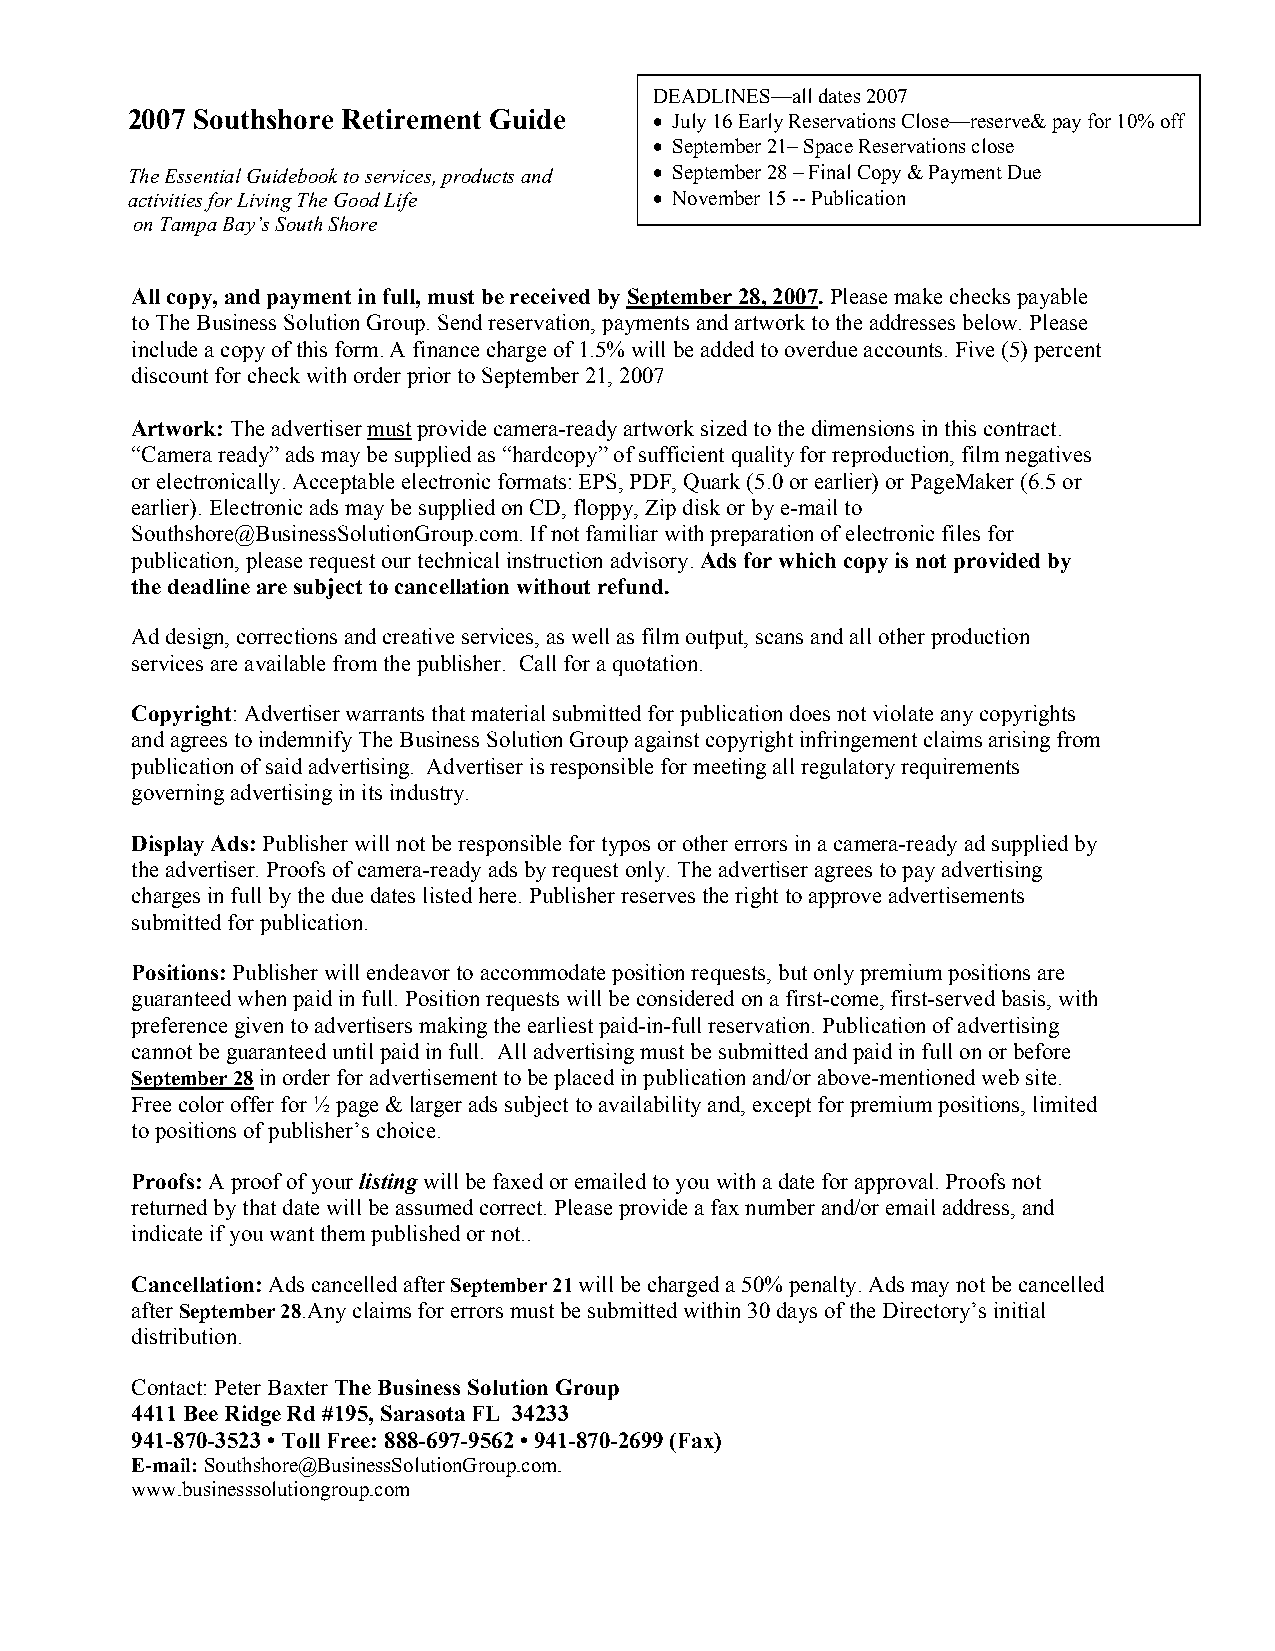
DEADLINES—all dates 2007
 2007 Southshore Retirement Guide   • July 16 Early Reservations Close—reserve& pay for 10% off
 • September 21– Space Reservations close
 The Essential Guidebook to services, products and • September 28 – Final Copy & Payment Due
 activities for Living The Good Life • November 15 -- Publication
 on Tampa Bay’s South Shore
 All copy, and payment in full, must be received by September 28, 2007. Please make checks payable
 to The Business Solution Group. Send reservation, payments and artwork to the addresses below. Please
 include a copy of this form. A finance charge of 1.5% will be added to overdue accounts. Five (5) percent
 discount for check with order prior to September 21, 2007
 Artwork: The advertiser must provide camera-ready artwork sized to the dimensions in this contract.
 “Camera ready” ads may be supplied as “hardcopy” of sufficient quality for reproduction, film negatives
 or electronically. Acceptable electronic formats: EPS, PDF, Quark (5.0 or earlier) or PageMaker (6.5 or
 earlier). Electronic ads may be supplied on CD, floppy, Zip disk or by e-mail to
 Southshore@BusinessSolutionGroup.com. If not familiar with preparation of electronic files for
 publication, please request our technical instruction advisory. Ads for which copy is not provided by
 the deadline are subject to cancellation without refund.
 Ad design, corrections and creative services, as well as film output, scans and all other production
 services are available from the publisher. Call for a quotation.
 Copyright: Advertiser warrants that material submitted for publication does not violate any copyrights
 and agrees to indemnify The Business Solution Group against copyright infringement claims arising from
 publication of said advertising. Advertiser is responsible for meeting all regulatory requirements
 governing advertising in its industry.
 Display Ads: Publisher will not be responsible for typos or other errors in a camera-ready ad supplied by
 the advertiser. Proofs of camera-ready ads by request only. The advertiser agrees to pay advertising
 charges in full by the due dates listed here. Publisher reserves the right to approve advertisements
 submitted for publication.
 Positions: Publisher will endeavor to accommodate position requests, but only premium positions are
 guaranteed when paid in full. Position requests will be considered on a first-come, first-served basis, with
 preference given to advertisers making the earliest paid-in-full reservation. Publication of advertising
 cannot be guaranteed until paid in full. All advertising must be submitted and paid in full on or before
 September 28 in order for advertisement to be placed in publication and/or above-mentioned web site.
 Free color offer for ½ page & larger ads subject to availability and, except for premium positions, limited
 to positions of publisher’s choice.
 Proofs: A proof of your listing will be faxed or emailed to you with a date for approval. Proofs not
 returned by that date will be assumed correct. Please provide a fax number and/or email address, and
 indicate if you want them published or not..
 Cancellation: Ads cancelled after September 21 will be charged a 50% penalty. Ads may not be cancelled
 after September 28.Any claims for errors must be submitted within 30 days of the Directory’s initial
 distribution.
 Contact: Peter Baxter The Business Solution Group
 4411 Bee Ridge Rd #195, Sarasota FL 34233
 941-870-3523 • Toll Free: 888-697-9562 • 941-870-2699 (Fax)
 E-mail: Southshore@BusinessSolutionGroup.com.
 www.businesssolutiongroup.com